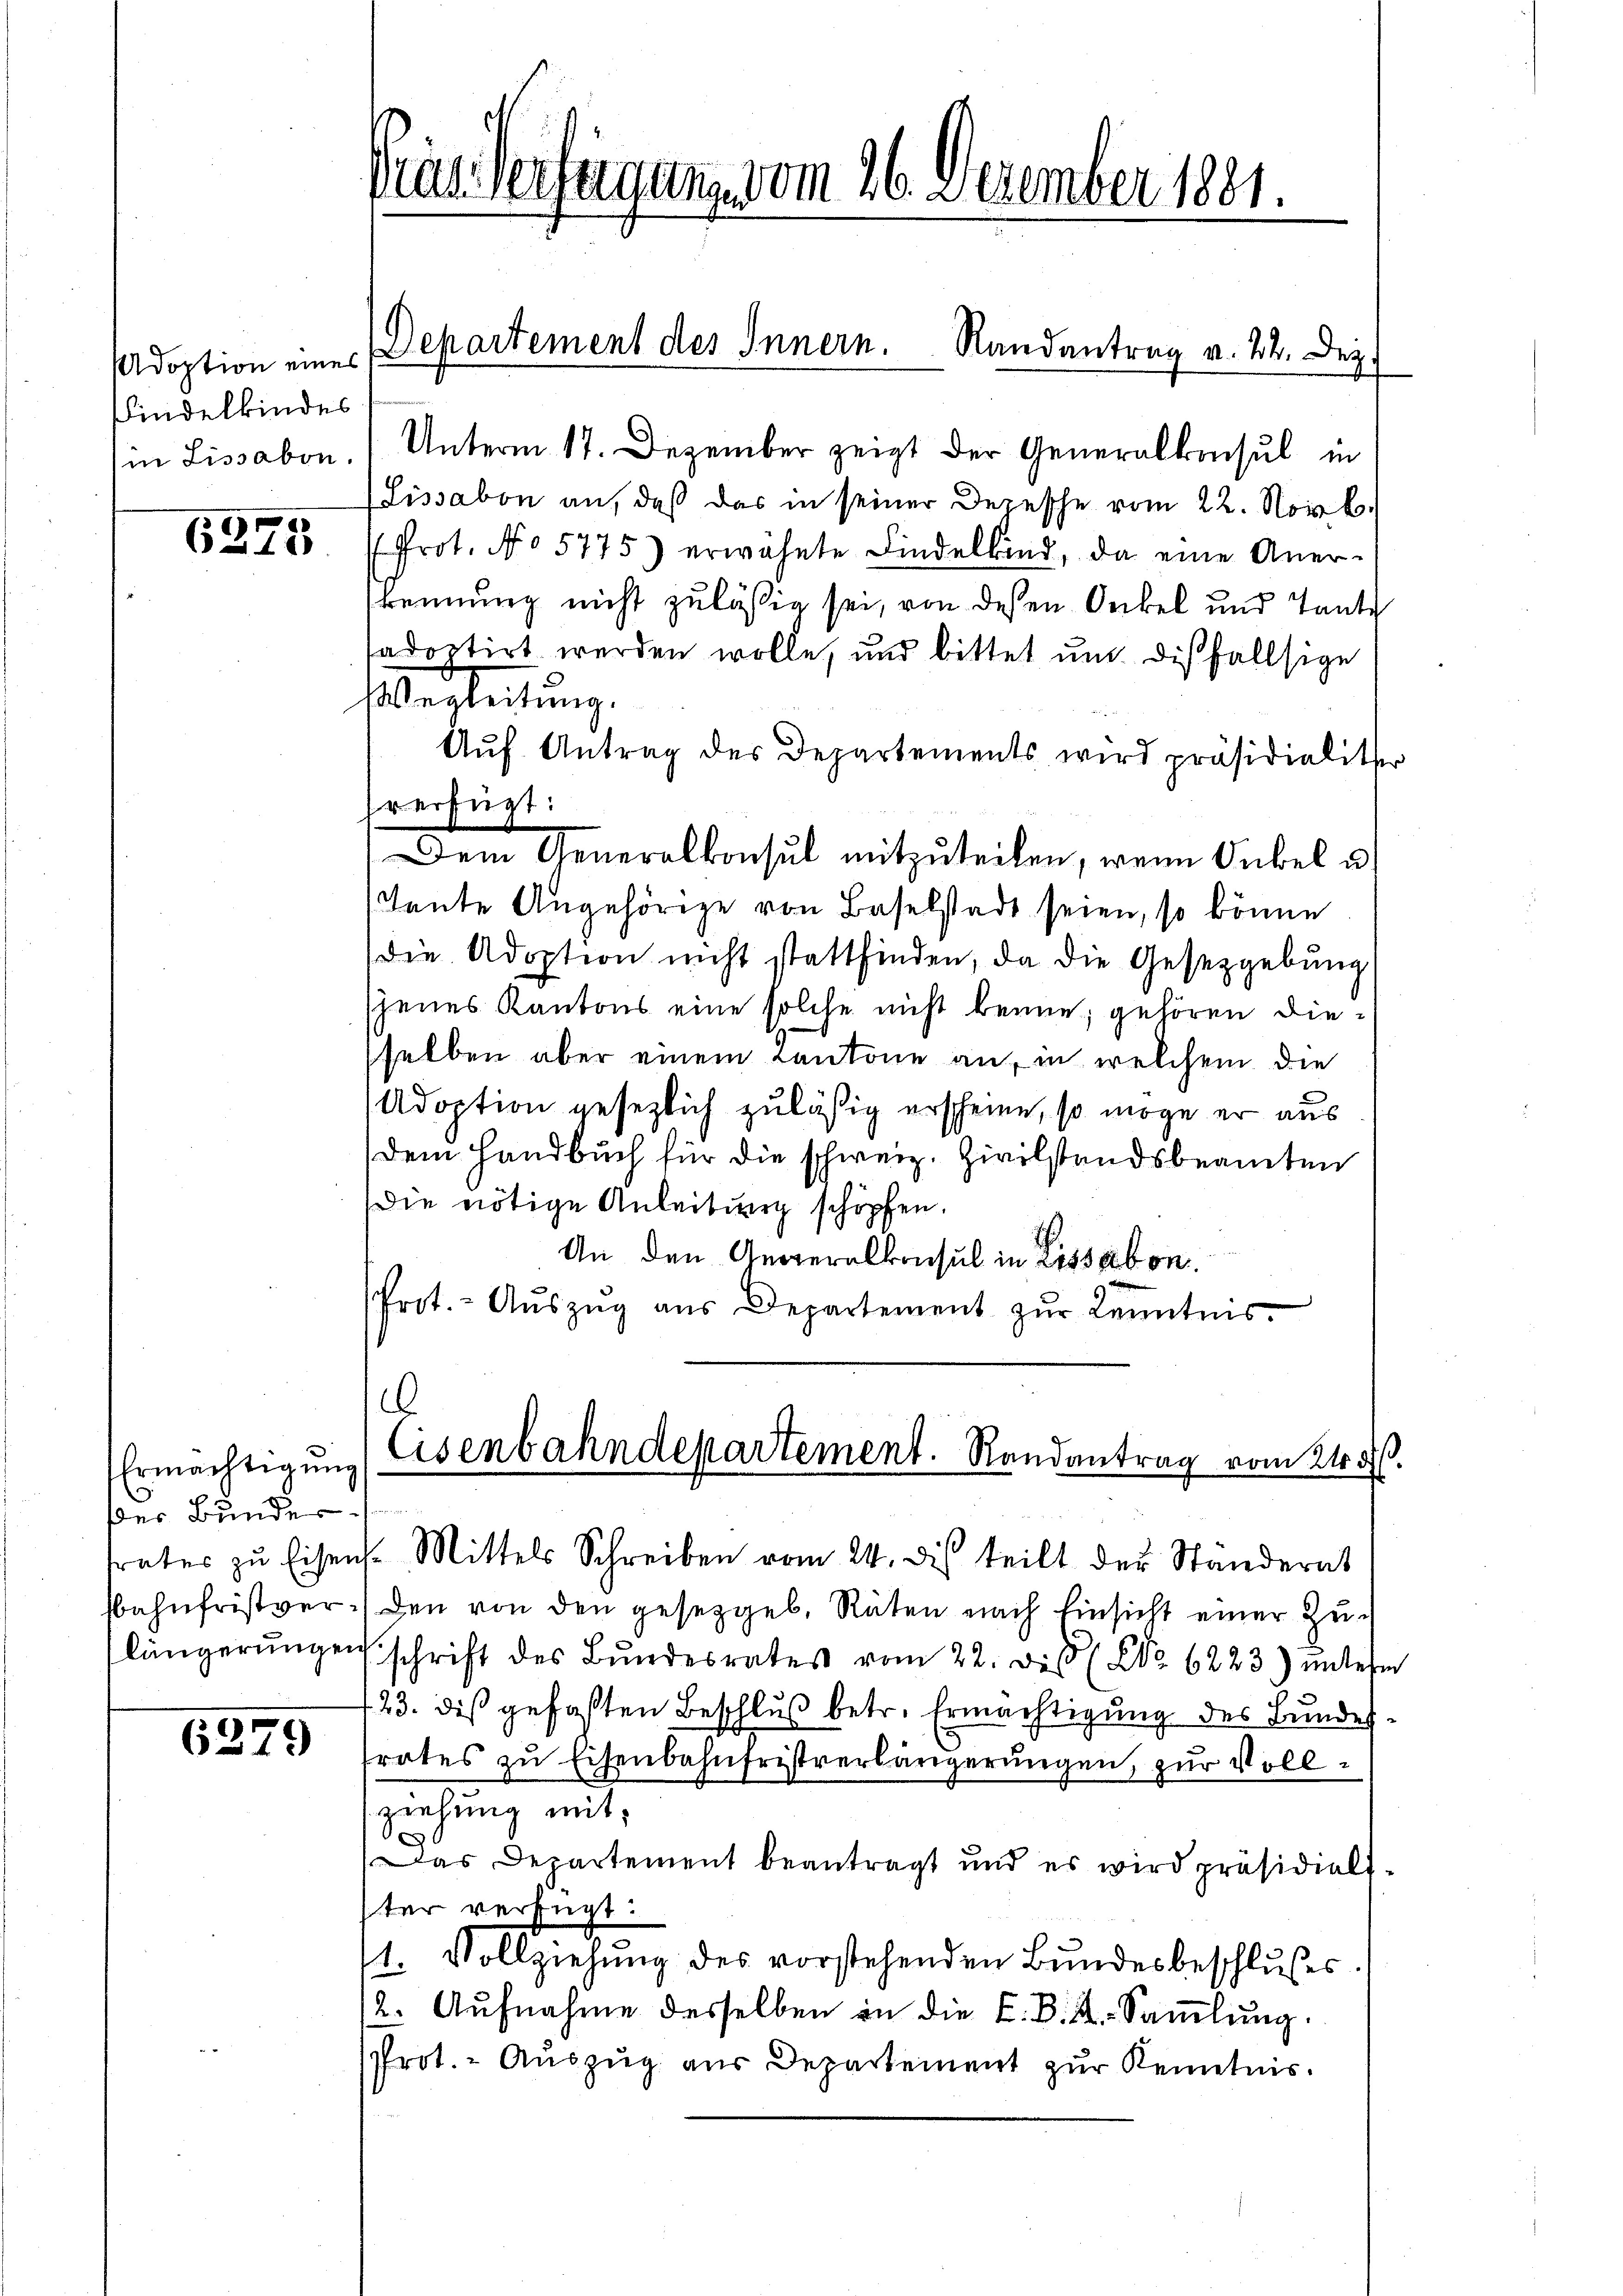
Adoption eines
Findelkindes

6275

Ermächtigung
des Bunder

6379

Fras Verfügung vom 26. Dezember 1881.

in Lissabon. Unterm 17. Dezember zeigt der Generalkonsul in
(Lissabon an, daß das in seiner Depesche vom 22. Nov. b.
Prot. No 5775) erwähnte Findelkind, da eine Aner-
kennung nicht zuläßig sei, von dessen Onkel und Tante
sadoptirt werden wolle, und bittet um diesfallsige
Eberleitung,
Aŭf Antrag des Departements wird präsidialiter
hr erfügt:
Dem Generalkonsul mitzuteilen, wenn Onkel u
teute Angehörige von Baselstadt seien, so könne
die Adoption nicht stattfinden, da die Gesetzgebung
jenes Kantons eine solche nicht kenne, gehören dieselben aber einem Cantone an, in welchem die
Adoption gesezlich zuläßig erscheine, so möge er aus
Dem Handbuch für die schweiz. Zivilstandsbeamten
Die nötige Anleitung schöpfen.
An den Generalkonsul in Lissabon.
Prot.- Aŭszŭg aŭs Departement zŭr Kenntnis.

Departement des Innern. Randantrag v. 24. Dez.

.
Eisenbahndepartement. Randantrag vom 21. ds.
trates zŭ Eisen. Mittels Schreiben vom 24. di teilt der Standerat

fbahnfristver- den von den gesetzgeb. Räten nach Einsicht einer Zulängerŭngen schrift des Bŭndesrates vom 22. des No 6223) untere
123. dies gefaßten Beschluß betr. Ermächtigung des Bundesfrates zu Eisenbahnfristverlängerungen, zur Vollziehung mit
Das Departement beantragt und es wird präsidial-
ter verfügt:
1. Vollziehung des vorstehenden Bundesbeschlusses
(2. Aufnahme desselben in die L. B. K. Sammlung.
Prot. - Auszug aus Departement zur Kenntnis.